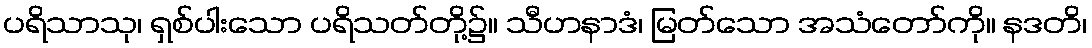
ပရိသာသု၊ ရှစ်ပါးသော ပရိသတ်တို့၌။ သီဟနာဒံ၊ မြတ်သော အသံတော်ကို။ နဒတိ၊